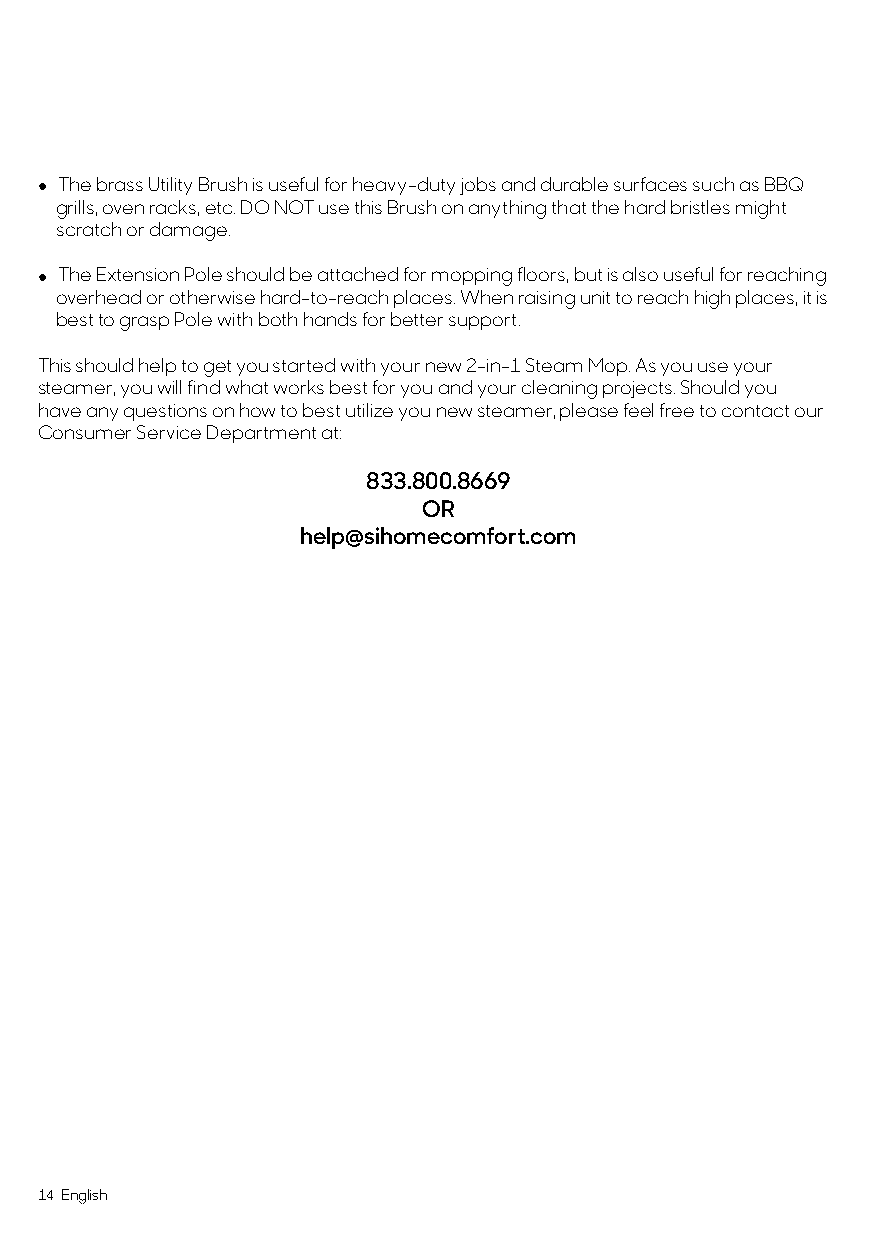
• The brass Utility Brush is useful for heavy-duty jobs and durable surfaces such as BBQ
 grills, oven racks, etc. DO NOT use this Brush on anything that the hard bristles might
 scratch or damage.
 • The Extension Pole should be attached for mopping floors, but is also useful for reaching
 overhead or otherwise hard-to-reach places. When raising unit to reach high places, it is
 best to grasp Pole with both hands for better support.
 This should help to get you started with your new 2-in-1 Steam Mop. As you use your
 steamer, you will find what works best for you and your cleaning projects. Should you
 have any questions on how to best utilize you new steamer, please feel free to contact our
 Consumer Service Department at:
 833.800.8669
 OR
 help@sihomecomfort.com
 14 English